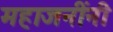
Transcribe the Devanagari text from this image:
महाजनींनी